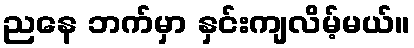
ညနေ ဘက်မှာ နှင်းကျလိမ့်မယ်။